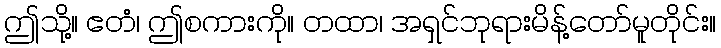
ဤသို့။ ဧတံ၊ ဤစကားကို။ တထာ၊ အရှင်ဘုရားမိန့်တော်မူတိုင်း။